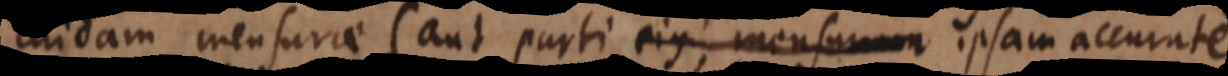
cuidam mensurae (aut parti ejus, mensuram ipsam accurate